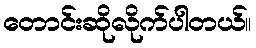
တောင်းဆိုလိုက်ပါတယ်။